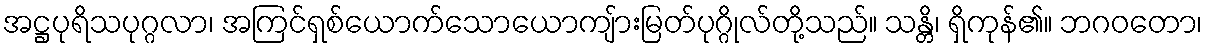
အဋ္ဌပုရိသပုဂ္ဂလာ၊ အကြင်ရှစ်ယောက်သောယောကျ်ားမြတ်ပုဂ္ဂိုလ်တို့သည်။ သန္တိ၊ ရှိကုန်၏။ ဘဂဝတော၊